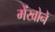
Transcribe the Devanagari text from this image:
मेंखोने